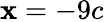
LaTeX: \mathbf{x}=-9c